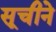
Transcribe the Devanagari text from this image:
सूचीने